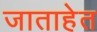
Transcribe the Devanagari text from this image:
जाताहेत